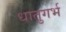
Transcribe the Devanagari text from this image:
धातुगर्भ